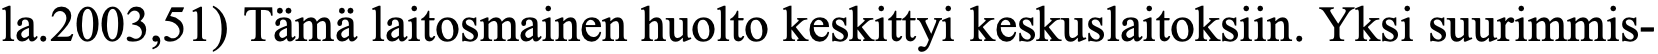
la.2003,51) Tämä laitosmainen huolto keskittyi keskuslaitoksiin. Yksi suurimmis-